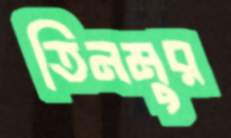
তিনমুর